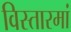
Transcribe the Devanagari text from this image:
विस्तारमां